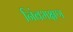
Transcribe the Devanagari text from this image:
निंबभक्षण